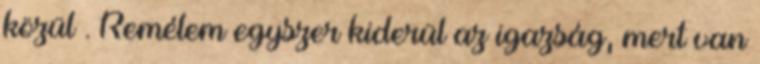
közül . Remélem egyszer kiderül az igazság, mert van